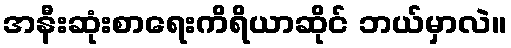
အနီးဆုံးစာရေးကိရိယာဆိုင် ဘယ်မှာလဲ။